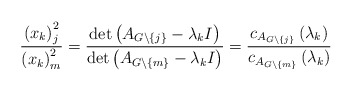
\begin{align*}\frac{\left( x_{k}\right) _{j}^{2}}{\left( x_{k}\right) _{m}^{2}}=\frac{\det\left( A_{G\backslash\left\{ j\right\} }-\lambda_{k}I\right)}{\det\left( A_{G\backslash\left\{ m\right\} }-\lambda_{k}I\right) }=\frac{c_{A_{G\backslash\left\{ j\right\} }}\left( \lambda_{k}\right)}{c_{A_{G\backslash\left\{ m\right\} }}\left( \lambda_{k}\right) }\end{align*}